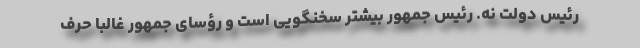
رئیس دولت نه. رئیس جمهور بیشتر سخنگویی است و رؤسای جمهور غالباً حرف